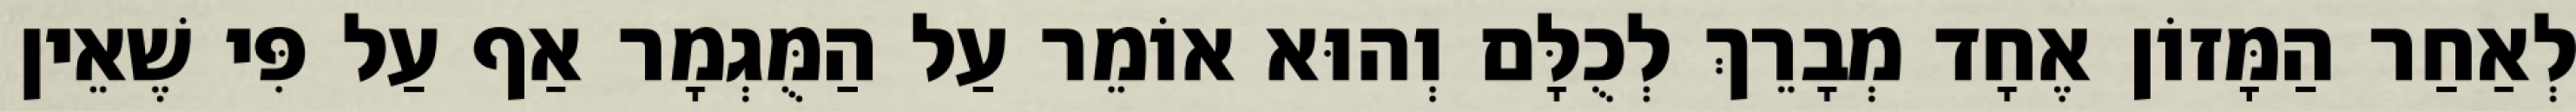
לְאַחַר הַמָּזוֹן אֶחָד מְבָרֵךְ לְכֻלָּם וְהוּא אוֹמֵר עַל הַמֻּגְמָר אַף עַל פִּי שֶׁאֵין